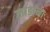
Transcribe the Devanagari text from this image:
लाडांना